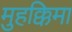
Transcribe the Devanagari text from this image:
मुहक्किमा